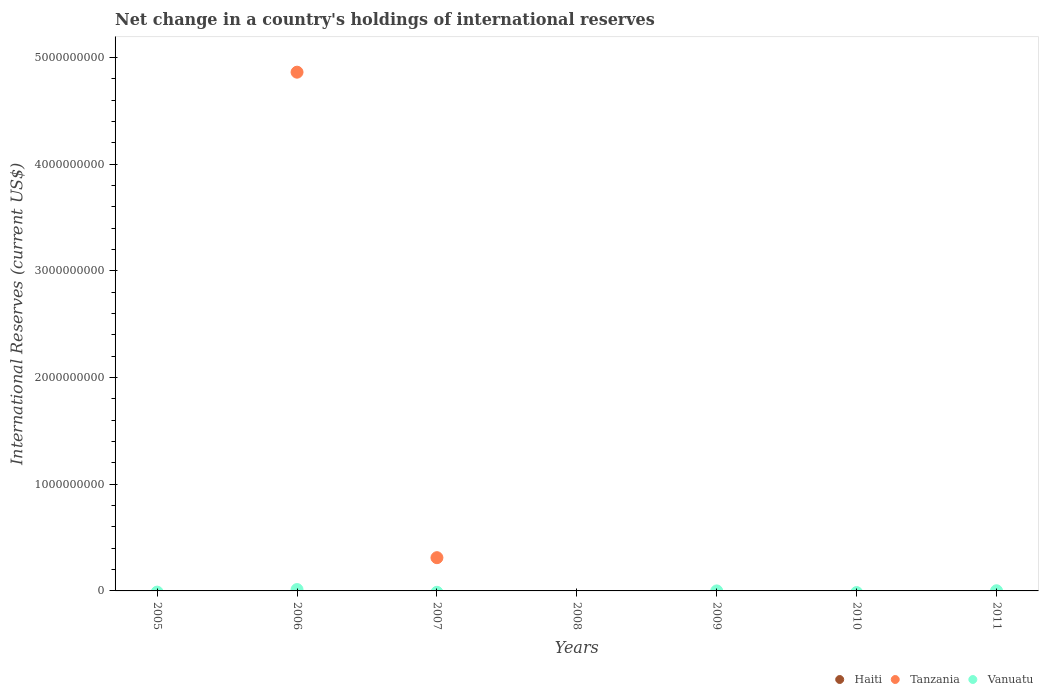
| Years | Haiti | Tanzania | Vanuatu |
 | --- | --- | --- | --- |
 | 2005 | -3.31e+08 | -5.95e+08 | -1.13e+07 |
 | 2006 | -2.77e+08 | 4.86e+09 | 1.29e+07 |
 | 2007 | -1.91e+08 | 3.12e+08 | -1.32e+07 |
 | 2008 | -3.84e+08 | -4.8e+08 | -5.25e+07 |
 | 2009 | -1.13e+09 | -2.86e+08 | 1.01e+05 |
 | 2010 | -1.67e+09 | -4.49e+08 | -1.55e+07 |
 | 2011 | -1.81e+09 | -7.7e+08 | 1.52e+06 |